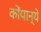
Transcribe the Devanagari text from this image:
कोंपान्ये